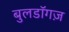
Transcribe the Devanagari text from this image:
बुलडॉगज़